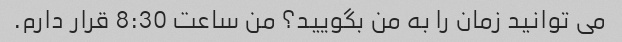
می توانید زمان را به من بگویید؟ من ساعت 8:30 قرار دارم.